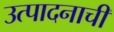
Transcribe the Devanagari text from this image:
उत्‍पादनाची